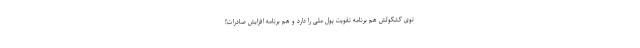
توی کشکولش هم برنامه تقویت پول ملی را دارد و هم برنامه افزایش صادرات!